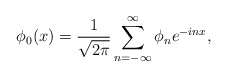
\begin{align*}\phi_0(x)={1\over \sqrt{2\pi}}\sum_{n=-\infty}^\infty\phi_n e^{-inx},\end{align*}